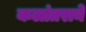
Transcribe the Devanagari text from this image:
कलांतराने